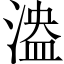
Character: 𣺻